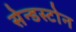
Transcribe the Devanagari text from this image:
सेन्डस्टोन